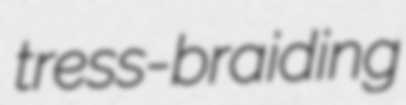
tress-braiding